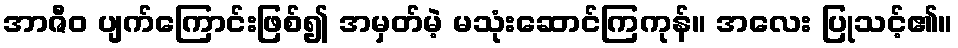
အာဇီဝ ပျက်ကြောင်းဖြစ်၍ အမှတ်မဲ့ မသုံးဆောင်ကြကုန်။ အလေး ပြုသင့်၏။